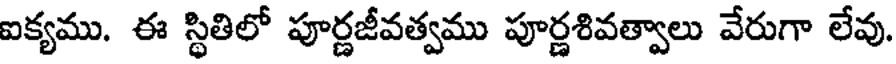
ఐక్యము. ఈ స్థితిలో పూర్ణజీవత్వము పూర్ణశివత్వాలు వేరుగా లేవు.